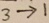
3 \rightarrow 1